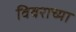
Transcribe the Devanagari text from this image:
विवराच्या